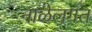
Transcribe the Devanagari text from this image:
नाळेलगत